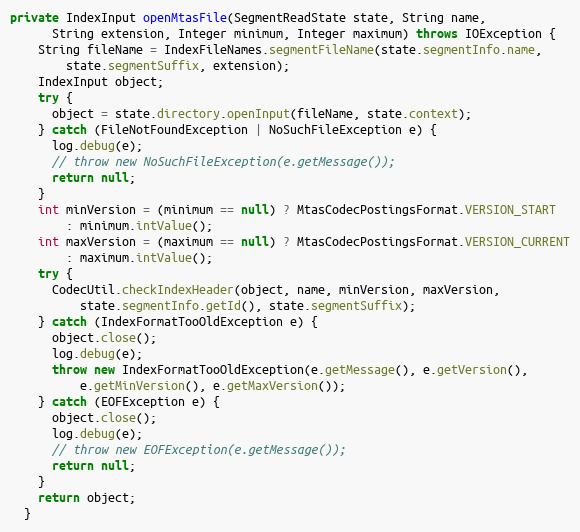
Language: Java
private IndexInput openMtasFile(SegmentReadState state, String name,
      String extension, Integer minimum, Integer maximum) throws IOException {
    String fileName = IndexFileNames.segmentFileName(state.segmentInfo.name,
        state.segmentSuffix, extension);
    IndexInput object;
    try {
      object = state.directory.openInput(fileName, state.context);
    } catch (FileNotFoundException | NoSuchFileException e) {
      log.debug(e);
      // throw new NoSuchFileException(e.getMessage());
      return null;
    }
    int minVersion = (minimum == null) ? MtasCodecPostingsFormat.VERSION_START
        : minimum.intValue();
    int maxVersion = (maximum == null) ? MtasCodecPostingsFormat.VERSION_CURRENT
        : maximum.intValue();
    try {
      CodecUtil.checkIndexHeader(object, name, minVersion, maxVersion,
          state.segmentInfo.getId(), state.segmentSuffix);
    } catch (IndexFormatTooOldException e) {
      object.close();
      log.debug(e);
      throw new IndexFormatTooOldException(e.getMessage(), e.getVersion(),
          e.getMinVersion(), e.getMaxVersion());
    } catch (EOFException e) {
      object.close();
      log.debug(e);
      // throw new EOFException(e.getMessage());
      return null;
    }
    return object;
  }